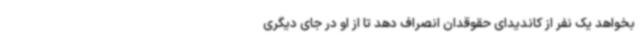
بخواهد یک نفر از کاندیدای حقوقدان انصراف دهد تا از او در جای دیگری